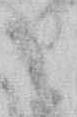
り